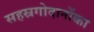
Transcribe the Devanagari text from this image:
सहस्रगोदानोंका